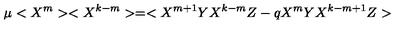
\mu < X ^ { m } > < X ^ { k - m } > = < X ^ { m + 1 } Y X ^ { k - m } Z - q X ^ { m } Y X ^ { k - m + 1 } Z >